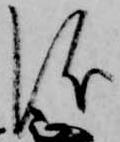
儀